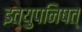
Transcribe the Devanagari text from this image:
इत्युपनिषत्‌